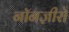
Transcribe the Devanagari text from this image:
नॉनज़ीरो